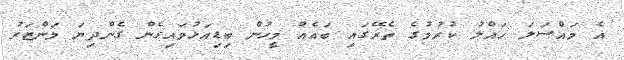
އެ މައްސަލަ ހައްލު ކުރުމުގެ ތެރޭގައި ބައެއް މީހުން ބިޑިއަޅުވައިގެން ގެންދިޔަ މަންޒަރު